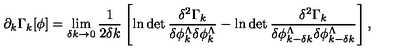
\partial _ { k } \Gamma _ { k } [ \phi ] = \lim _ { \delta k \to 0 } \frac { 1 } { 2 \delta k } \left[ \ln \det \frac { \delta ^ { 2 } \Gamma _ { k } } { \delta \phi _ { k } ^ { \Lambda } \delta \phi _ { k } ^ { \Lambda } } - \ln \det \frac { \delta ^ { 2 } \Gamma _ { k } } { \delta \phi _ { k - \delta k } ^ { \Lambda } \delta \phi _ { k - \delta k } ^ { \Lambda } } \right] ,